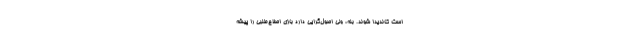
است کاندیدا شوند. بله، ولی اصول‌گرایی دارد بازی اصلاح‌طلبی را پیشه